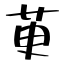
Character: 茰